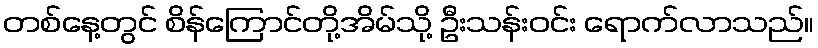
တစ်နေ့တွင် စိန်ကြောင်တို့အိမ်သို့ ဦးသန်းဝင်း ရောက်လာသည်။